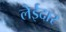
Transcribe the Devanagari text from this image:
लेईदार